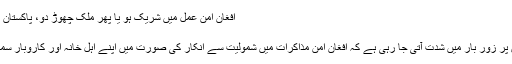
افغان امن عمل میں شریک ہو یا پھر ملک چھوڑ دو، پاکستان کا مفرور طالبان سے مطالبہ
طورخم سرحد (فائل)
مفرور افغان طالبان رہنمائوں پر زور بار میں شدت آتی جا رہی ہے کہ افغان امن مذاکرات میں شمولیت سے انکار کی صورت میں اپنے اہل خانہ اور کاروبار سمیت پاکستان سے چلے جائیں۔